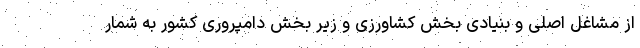
از مشاغل اصلی و بنیادی بخش کشاورزی و زیر بخش دامپروری کشور به شمار